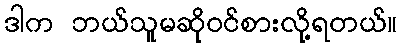
ဒါက ဘယ်သူမဆိုဝင်စားလို့ရတယ်။